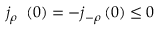
j _ { \rho } ^ { \mathrm { ~ \, ~ } } \left( 0 \right) = - j _ { - \rho } ^ { \mathrm { ~ \, ~ } } \left( 0 \right) \leq 0